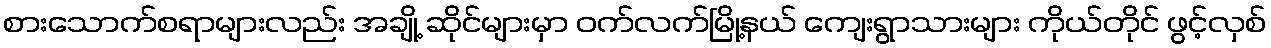
စားသောက်စရာများလည်း အချို့ ဆိုင်များမှာ ဝက်လက်မြို့နယ် ကျေးရွာသားများ ကိုယ်တိုင် ဖွင့်လှစ်